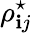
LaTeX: \rho_{\mathbf{i}j}^{\star}